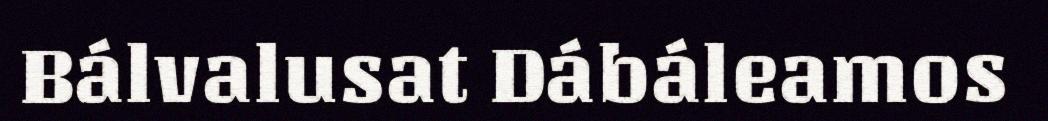
Bálvalusat Dábáleamos